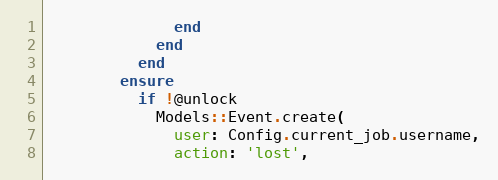
Language: Ruby
              end
            end
          end
        ensure
          if !@unlock
            Models::Event.create(
              user: Config.current_job.username,
              action: 'lost',